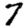
Digit: 7